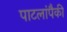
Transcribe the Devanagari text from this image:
पाटलांपैकी